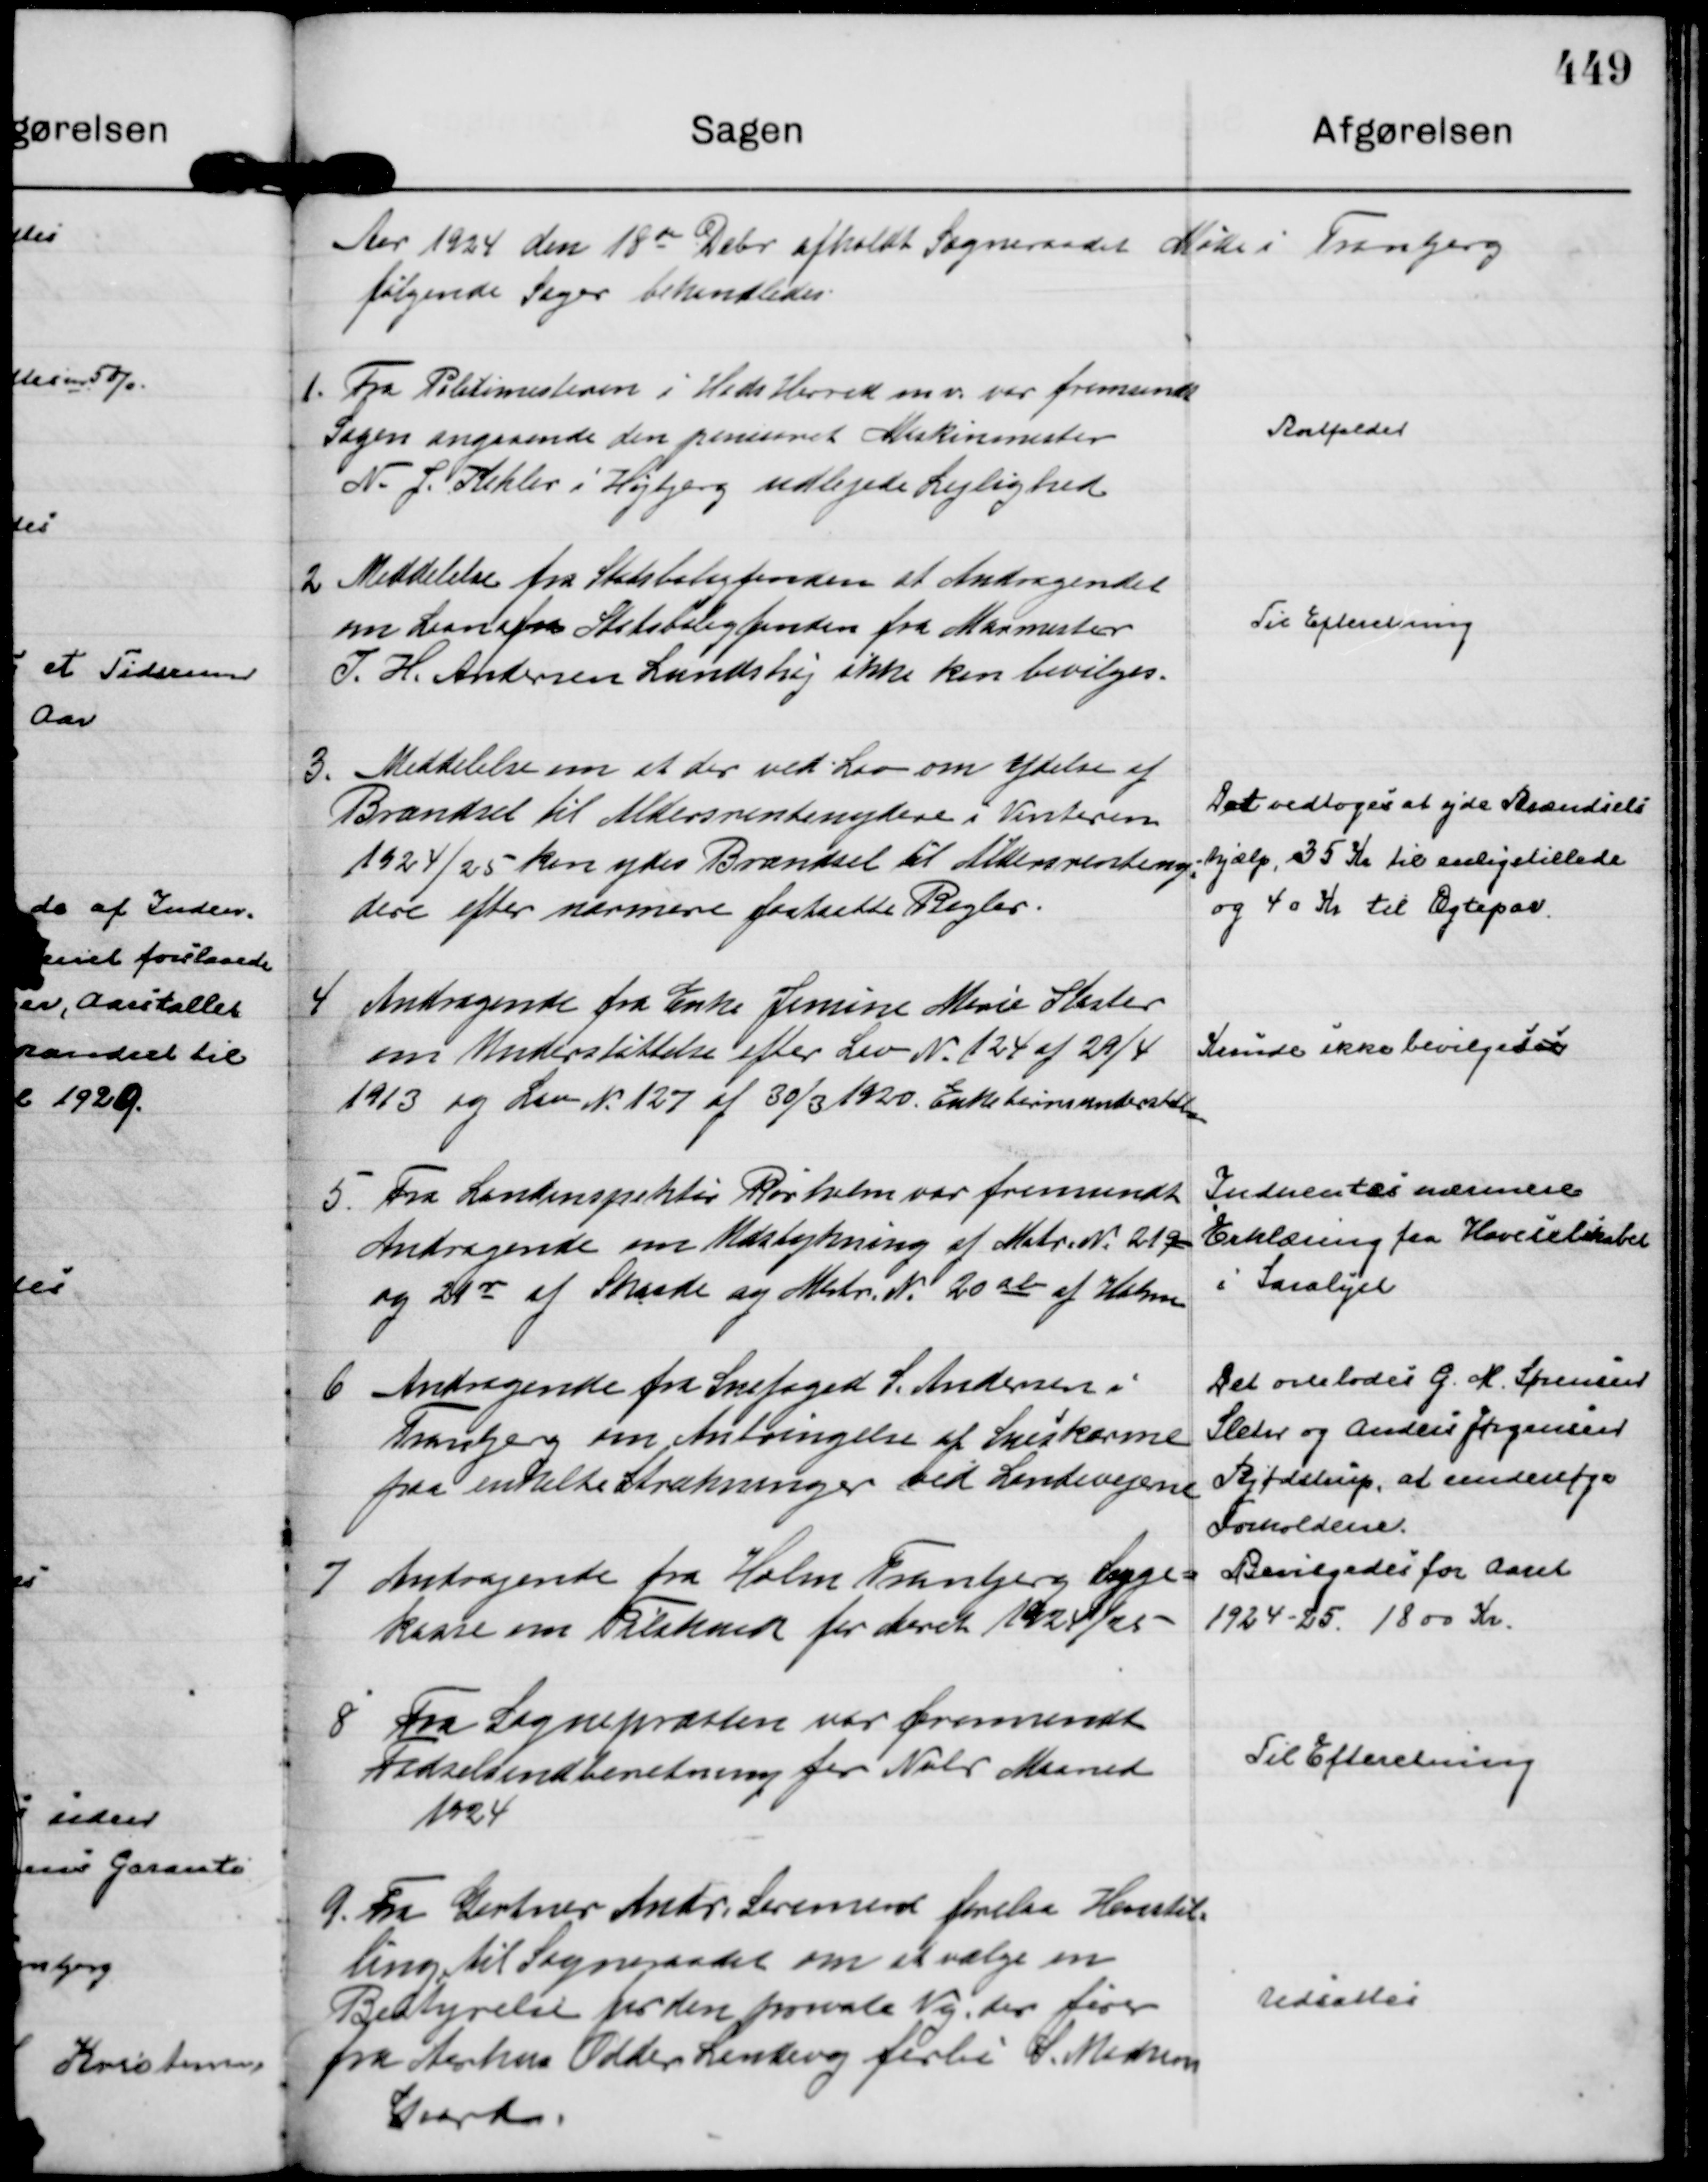
Transskription:
Aar 1924 den 18 de Dcbr afholdt Sogneraadet Møde i Tranbjerg 
følgende Sager behandledes.

1.
Fra Politimesteren i Hads Herred m v. var fremsendt
Sagen angaaende den penisoret Maskinmester
N. J. Kehler i Højbjerg udlejede Lejlighed

Bortfalder

2
Meddelelse fra Statsboligfonden at Andragendet
om Laan fra Statsboligfonden fra Murmester
I. H. Andersen Lundshøj ikke kan bevilges.

Til Efteretning

3.
Meddelelse om at der ved Lov om Ydelse af
Brændsel til Aldersrentenydere i Vinteren
1924/25 kan ydes Brændsel til Aldersrenteny=
dere efter nærmere fastsatte Regler.

Det vedtoges at yde Brændsels
-hjælp, 35 Kr til enlig stillede
og 40 Kr til Ægtepar.

4
Andragende fra Enke Jensine Marie Kaster
om Understøttelse efter Lov N. 124 af 29/4
1913 og Lov N. 127 af 30/3 1920. Enkebørnsunderstøtten

Kunde ikke bevilgeses

5.
Fra Landinspektør Rørholm var fremsendt 
Andragende om Udstykning af Matr. N. 21 q
og 21 r af Skaade og Matr. N. 20 ab af Holme

Indhentes nærmere
Erklæring fra Haveselskabet
i Saralyst

6
Andragende fra Snefoged S. Andersen i
Tranbjerg om Anbringelse af Sneskærme
paa enkelte Strækninger til Landevejene

Det overlodes G. M. Sørensen
Sleth og Anders Jørgensen
Bjødstrup, at undersøge
Forholdene.

7
Andragende fra Holm Tranbjerg Syge=
kasse om Tilskud for Aaret 1924/25

Bevilgedes for Aaret
1924-25. 1800 Kr.

8
Fra Sognepræsten var fremsendt
Fødselsindberetning for Nobr Maaned
1924

Til Efteretning

9.
Fra Gartner Andr. Sørensen forelaa Henstil=
ling til Sogneraadet om at vælge en
Bestyrelse for den private Vej, der fører
fra Aarhus Odder Landevej forbi S. Madsens
Gaard.

Udsattes